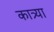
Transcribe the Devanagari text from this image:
कात्र्या